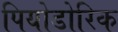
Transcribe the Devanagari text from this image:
पियोडोरिक